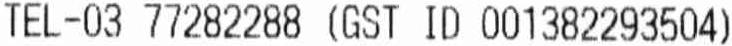
TEL-03 77282288 (GST ID 001382293504)